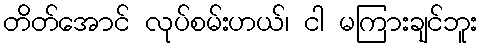
တိတ်အောင် လုပ်စမ်းဟယ်၊ ငါ မကြားချင်ဘူး